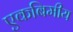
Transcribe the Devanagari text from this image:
एकबिमीय